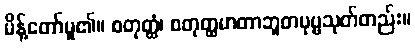
မိန့်တော်မူ၏။ စတုတ္ထံ၊ စတုတ္ထမာတာဘူတပုဗ္ဗသုတ်တည်း။